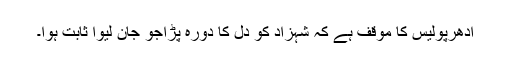
ادھرپولیس کا موقف ہے کہ شہزاد کو دل کا دورہ پڑاجو جان لیوا ثابت ہوا۔